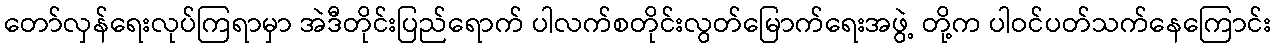
တော်လှန်ရေးလုပ်ကြရာမှာ အဲဒီတိုင်းပြည်ရောက် ပါလက်စတိုင်းလွတ်မြောက်ရေးအဖွဲ့ တို့က ပါဝင်ပတ်သက်နေကြောင်း